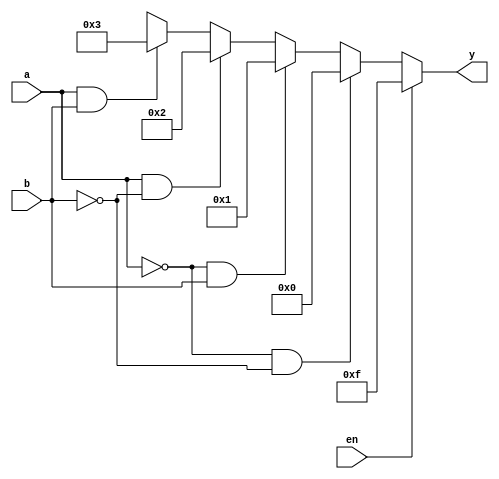
module decoder24(en,a,b,y);
input en,a,b;
output reg [3:0]y;   
always @(en,a,b)
begin
if(en==0)
begin
if(a==1'b0 & b==1'b0) y=4'b0000;
else if(a==1'b0 & b==1'b1) y=4'b0001;
else if(a==1'b1 & b==1'b0) y=4'b0010;
else if(a==1 & b==1) y=4'b0011;
else y=4'bxxxx;
end
else
y=4'b1111;
end
endmodule